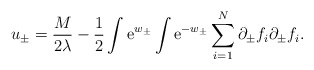
\begin{align*}u_\pm = {M \over 2 \lambda} - {1 \over 2} \int {\rm e}^{w_\pm}\int {\rm e}^{-w_\pm}\sum_{i=1}^N \partial_\pm f_i \partial_\pm f_i.\end{align*}